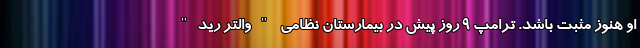
او هنوز مثبت باشد. ترامپ 9 روز پیش در بیمارستان نظامی "والتر رید"